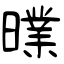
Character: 曗